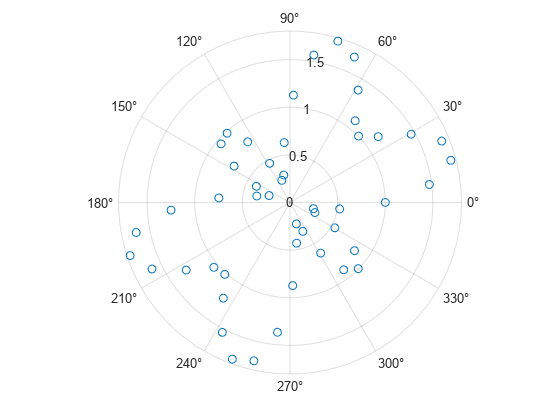
matlab, figure, polarplot